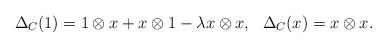
\begin{align*} \Delta_C(1) = 1\otimes x + x\otimes 1 -\lambda x\otimes x, \ \ \Delta_C(x) = x \otimes x. \end{align*}